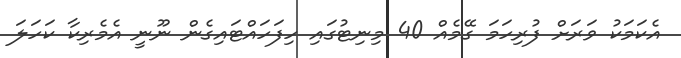
އެކަމަކު ވަރަށް ފުރިހަމަ ގޭމެއް 40 މިނިޓުގައި ހިފަހައްޓައިގެން ނޫނީ އެމެރިކާ ކަހަލަ